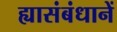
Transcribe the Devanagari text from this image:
ह्यासंबंधानें